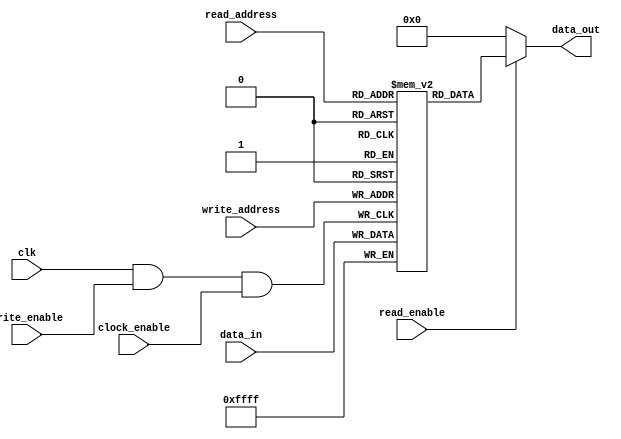
`timescale 1ns / 1ps
//////////////////////////////////////////////////////////////////////////////////
// Company: 
// Engineer: 
// 
// Design Name: 
// Module Name: memory_data
// Project Name: 
// Target Devices: 
// Tool Versions: 
// Description: 
// 
// Dependencies: 
// 
// Revision:
// Revision 0.01 - File Created
// Additional Comments:
// 
//////////////////////////////////////////////////////////////////////////////////


module data_memory(
    input clk,
    input clock_enable,
    input [5:0] read_address,write_address,
    input read_enable,write_enable,
    input [15:0] data_in,
    output [15:0] data_out
);
    reg [15:0] memory [0:63];
    always @(posedge clk & write_enable & clock_enable) begin
        memory[write_address] <= data_in;
    end
    assign data_out = (read_enable==1'b1)?memory[read_address]:16'b0;
endmodule